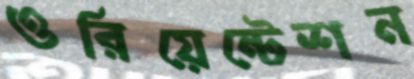
ওরিয়েন্টেশন